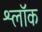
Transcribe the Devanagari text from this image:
श्लॉक